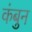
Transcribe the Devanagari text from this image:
कंबुन